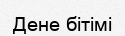
Дене бітімі